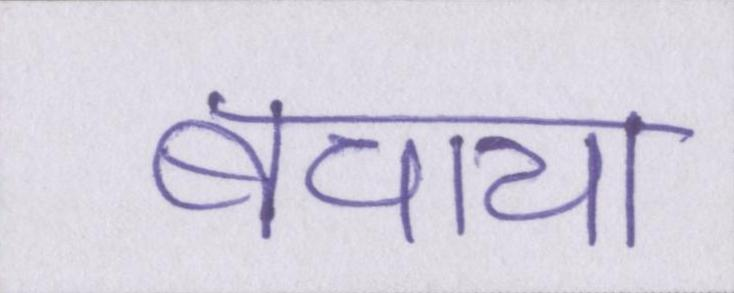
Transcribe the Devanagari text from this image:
बचाया